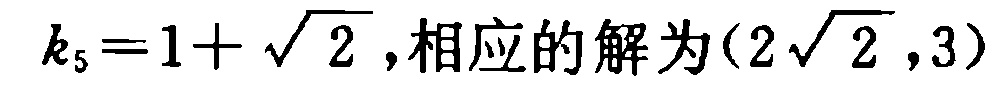
\(k_{5}=1+\sqrt{2},相应的解为(2\sqrt{2},3)\)